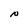
Character: N